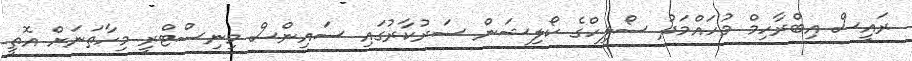
ރައީސް އިބްރާހިމް މުހައްމަދު ސޯލިހްގެ ކޯލިޝަން ސަރުކާރުގައި ސައިންސް މިނިސްޓްރީ މިހާތަނަށް އޮތީ